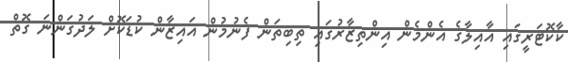
ކާކޮޓަރީގައި އާއިލާގެ އެންމެން އިންތިޒާރުގައި ތިބިތަން ފެނުމުން އައިޒާން ކުޑަކޮށް ލަދުގަންނަ ގޮތް